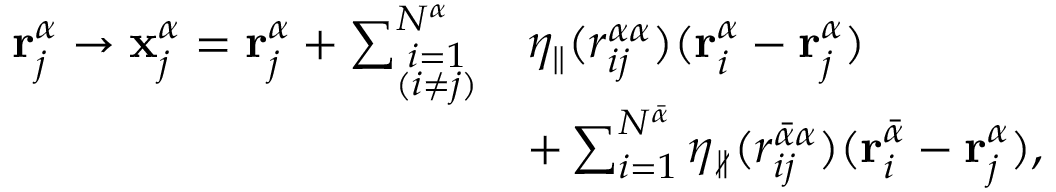
\begin{array} { r l } { \mathbf { r } _ { j } ^ { \alpha } \rightarrow \mathbf { x } _ { j } ^ { \alpha } = \mathbf { r } _ { j } ^ { \alpha } + \sum _ { \stackrel { \scriptstyle i = 1 } { \scriptstyle ( i \ne j ) } } ^ { N ^ { \alpha } } } & { \eta _ { \parallel } ( r _ { i j } ^ { \alpha \alpha } ) ( \mathbf { r } _ { i } ^ { \alpha } - \mathbf { r } _ { j } ^ { \alpha } ) } \\ & { + \sum _ { i = 1 } ^ { N ^ { \bar { \alpha } } } \eta _ { \nparallel } ( r _ { i j } ^ { \bar { \alpha } \alpha } ) ( \mathbf { r } _ { i } ^ { \bar { \alpha } } - \mathbf { r } _ { j } ^ { \alpha } ) , } \end{array}